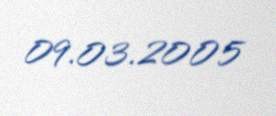
09.03.2005